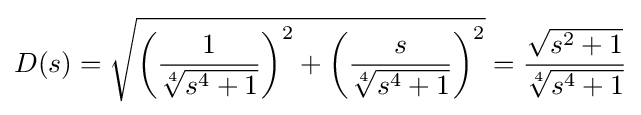
D(s)={\sqrt {{\biggl (}{\frac {1}{\sqrt[{4}]{s^{4}+1}}}{\biggr )}^{2}+{\biggl (}{\frac {s}{\sqrt[{4}]{s^{4}+1}}}{\biggr )}^{2}}}={\frac {\sqrt {s^{2}+1}}{\sqrt[{4}]{s^{4}+1}}}